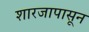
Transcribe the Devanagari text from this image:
शारजापासून